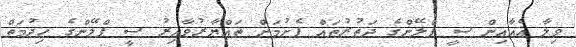
ވިލާ އެއާއިން ސީ ޕްލޭންގެ ދަތުރުތައް ފެށުމަށް ތައްޔާރުވާއިރު ސީ ޕްލޭންގެ ހިދުމަތް